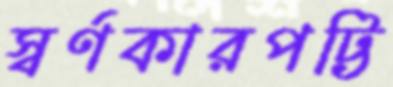
স্বর্ণকারপট্টি